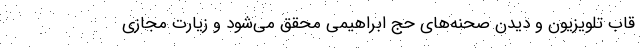
قاب تلویزیون و دیدن صحنه‌های حج ابراهیمی محقق می‌شود و زیارت مجازی